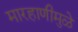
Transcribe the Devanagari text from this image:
मारहाणीमुळे